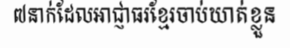
៧នាក់ដែលអាជ្ញាធរខ្មែរចាប់ឃាត់ខ្លួន